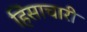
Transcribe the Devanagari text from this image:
हिंसाचारी